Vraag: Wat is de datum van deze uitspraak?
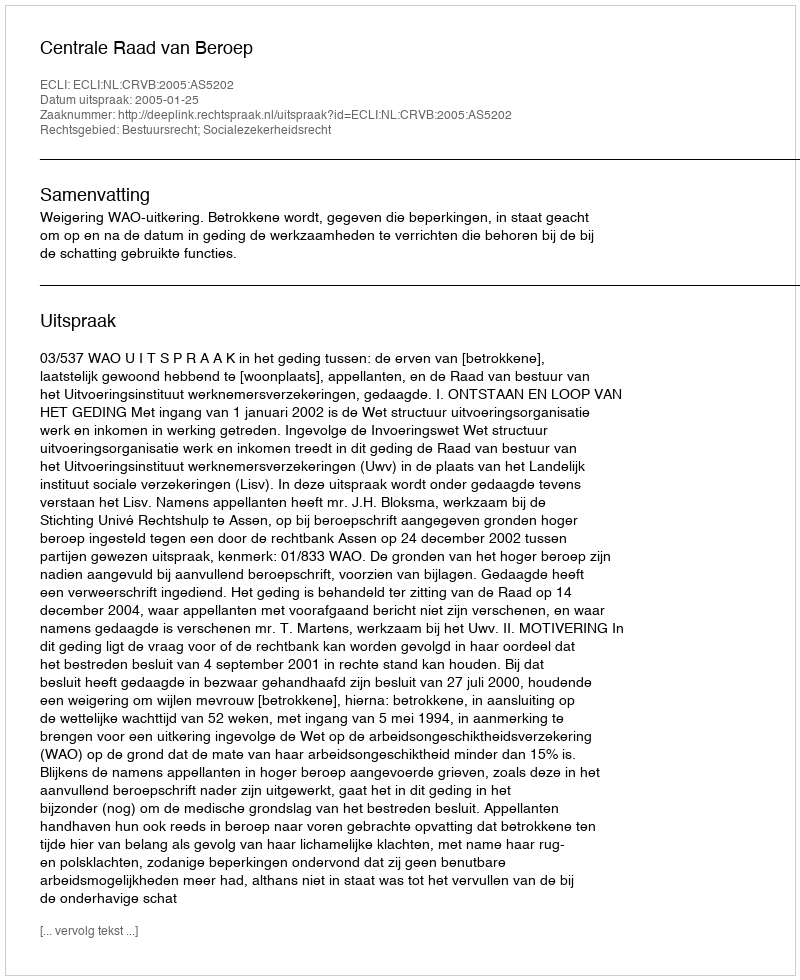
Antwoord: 2005-01-25